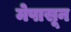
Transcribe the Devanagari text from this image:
मेपासून